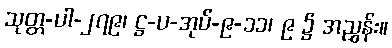
သုတ္တ-ပါ-၂၇၉၊ ဋ္ဌ-ပ-အုပ်-၉-၁၁၊ ၉ ၌ အညွှန်း။